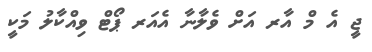
ޖީ އެ މް އާރ އަށް ވެލާނާ އެއަރ ޕޯޓް ވިއްކާލު މަކީ